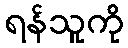
ရန်သူကို